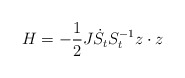
\begin{align*}H=-\frac{1}{2}J\dot{S}_{t}S_{t}^{-1}z\cdot z \end{align*}